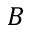
\boldsymbol { B }